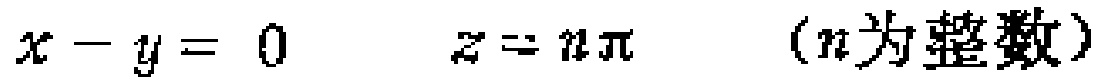
$x - y = 0\quad z = n\pi\quad (n\text{为整数})$